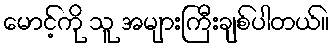
မောင့်ကို သူ အများကြီးချစ်ပါတယ်။